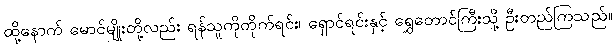
ထို့နောက် မောင်မျိုးတို့လည်း ရန်သူကိုတိုက်ရင်း၊ ရှောင်ရင်းနှင့် ရွှေတောင်ကြီးသို့ ဦးတည်ကြသည်။